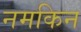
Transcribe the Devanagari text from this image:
नमकिन